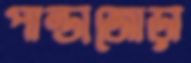
পান্ডাজোড়া